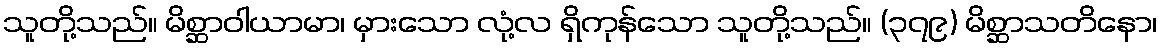
သူတို့သည်။ မိစ္ဆာဝါယာမာ၊ မှားသော လုံ့လ ရှိကုန်သော သူတို့သည်။ (၃၇၉) မိစ္ဆာသတိနော၊